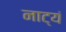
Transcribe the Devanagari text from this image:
नाट्यं